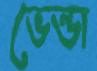
ভেন্ডা